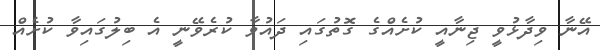
އޭނާ ވިދާޅުވީ ޖިނާއީ ކުށެއްގެ ގޮތުގައި ދައުވާ ކުރެވޭނީ އެ ބިލުގައިވާ ކުށެއް